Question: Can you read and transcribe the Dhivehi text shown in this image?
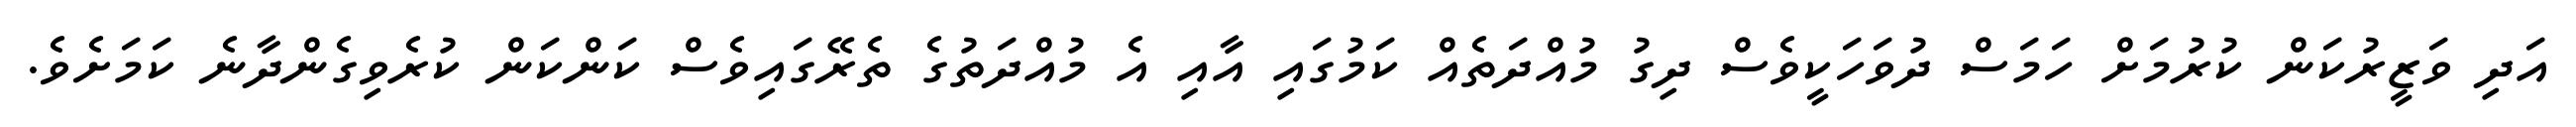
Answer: އަދި ވަޒީރުކަން ކުރުމަށް ހަމަސް ދުވަހަކީވެސް ދިގު މުއްދަތެއް ކަމުގައި އާއި އެ މުއްދަތުގެ ތެރޭގައިވެސް ކަންކަން ކުރެވިގެންދާނެ ކަމަށެވެ.